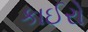
કાઈરો